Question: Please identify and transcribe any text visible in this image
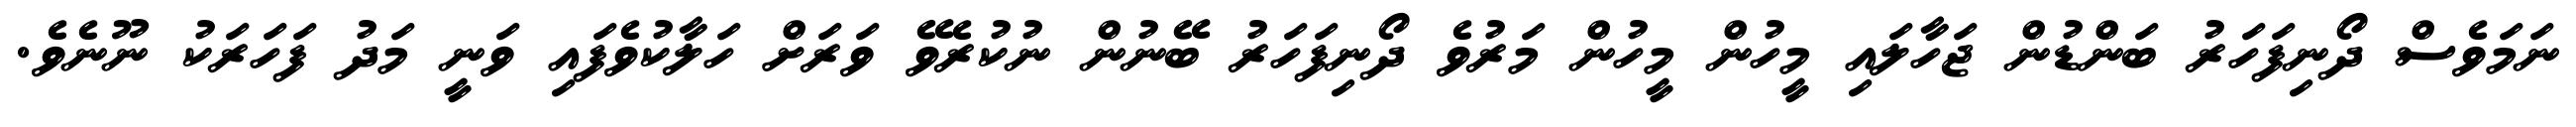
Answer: ނަމަވެސް ދޯނިފަހަރު ބަންޑުން ޖަހާލައި މީހުން މީހުން މަރުވެ ދޯނިފަހަރު ބޭނުން ނުކުރެވޭ ވަރަށް ހަލާކުވެފައި ވަނީ މަދު ފަހަރަކު ނޫނެވެ.